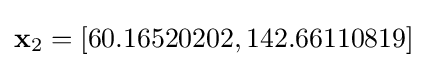
\mathbf {x} _{2}=\left[60.16520202,142.66110819\right]